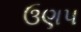
ઉણપ